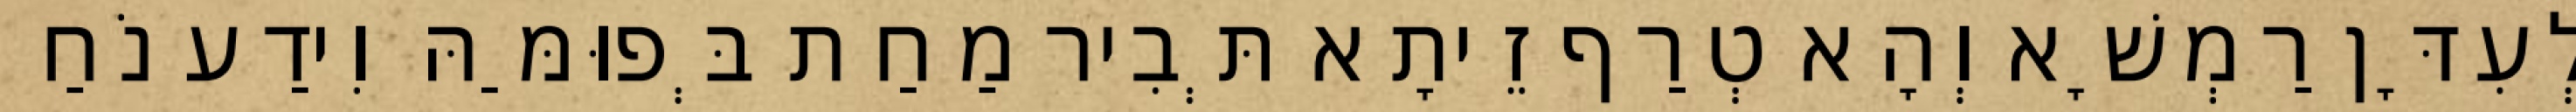
לְעִדָּן רַמְשָׁא וְהָא טְרַף זֵיתָא תְּבִיר מַחַת בְּפוּמַּהּ וִידַע נֹחַ